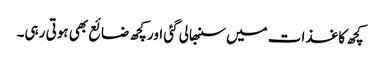
کچھ کاغذات میں سنبھالی گئی اور کچھ ضائع بھی ہوتی رہی۔